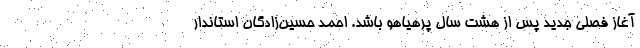
آغاز فصلی جدید پس از هشت سالِ پرهیاهو باشد. احمد حسین‌زادگان استاندار